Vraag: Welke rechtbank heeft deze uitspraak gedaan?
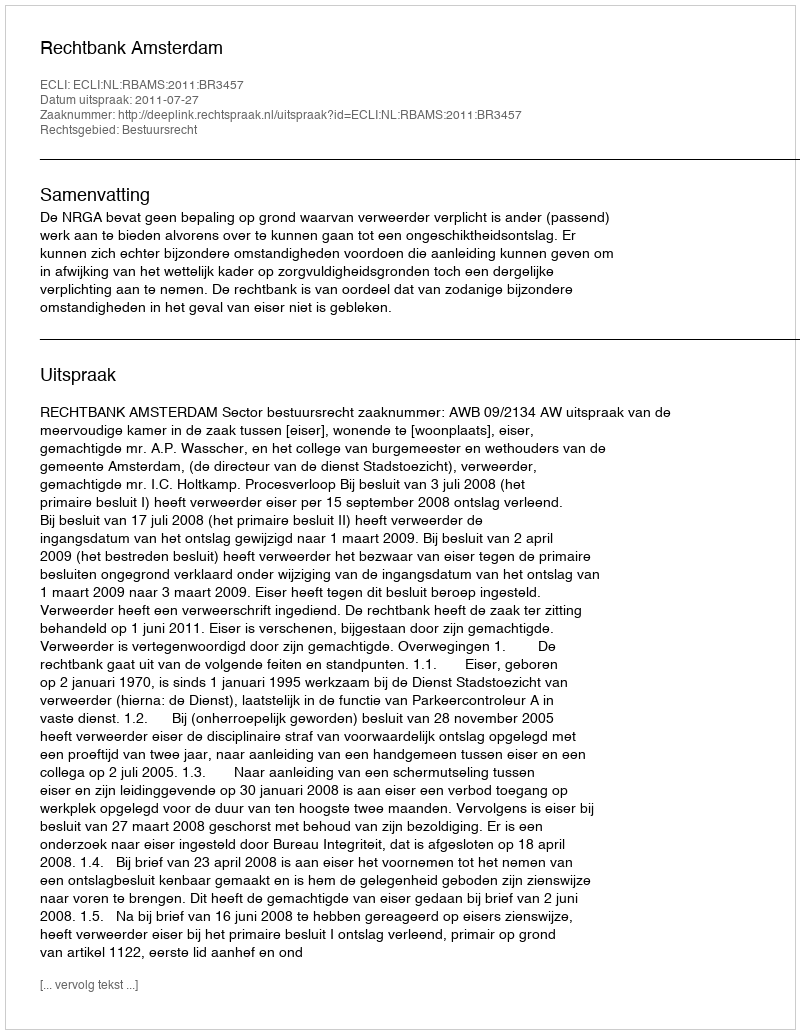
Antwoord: Rechtbank Amsterdam